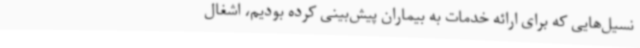
نسیل‌هایی که برای ارائه خدمات به بیماران پیش‌بینی کرده بودیم، اشغال